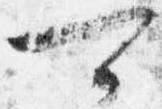
可